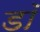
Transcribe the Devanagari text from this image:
डॉ